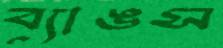
ব্যাঙস